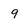
Character: 9